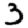
Digit: 3